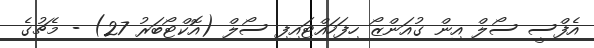
އެފްސީ ސޯލް އިން ގުއަންޒޯ ހިފަހައްޓައިފި ސޯލް (އޮކްޓޯބަރު 27) - މެޗުގެ